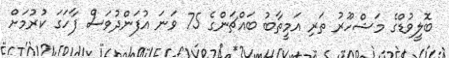
ބޮލީވުޑްގެ މަޝްހޫރު ތަރި އަމީތާބު ބައްޗަންގެ 75 ވަނަ އުފަންދުވަސް ފާހަގަ ކުރުމަށް